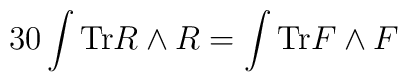
30\int {{\rm Tr}R\wedge R}=\int {{\rm Tr}F\wedge F}